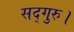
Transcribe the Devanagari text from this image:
सद्गुरु।